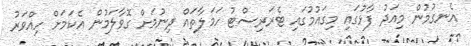
އެނގުމުން މިއަދު ފާޅުގައި މިގައުމުގައި ޓެރަރިސްޓު ހަމަލާތައް ދިނުމަށް ގޮވާލަމުން އެކަމަށް ހިއްވަރު